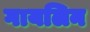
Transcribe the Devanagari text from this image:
गायलिन